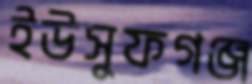
ইউসুফগঞ্জ